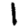
Digit: 1